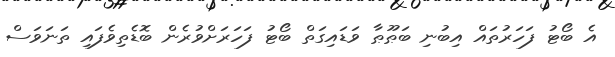
އެ ބޯޓު ފަހަރުތައް އިބުނި ބަޠޫޠާ ވަޑައިގަތް ބޯޓު ފަހަރަށްވުރެން ބޮޑެތިވެފައި ތަނަވަސް